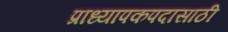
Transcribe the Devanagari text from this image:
प्राध्यापकपदासाठी